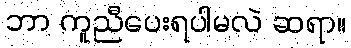
ဘာ ကူညီပေးရပါမလဲ ဆရာ။